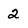
Character: 2